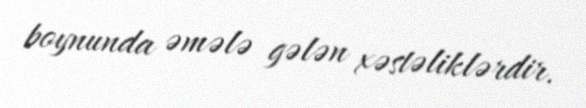
boynunda əmələ gələn xəstəliklərdir.